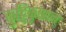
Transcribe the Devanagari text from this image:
कुट्टिकृष्णन्